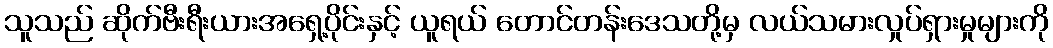
သူသည် ဆိုက်ဗီးရီးယားအရှေ့ပိုင်းနှင့် ယူရယ် တောင်တန်းဒေသတို့မှ လယ်သမားလှုပ်ရှားမှုများကို